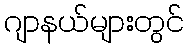
ဂျာနယ်များတွင်